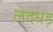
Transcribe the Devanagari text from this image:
लदधड़